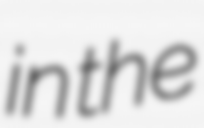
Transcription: in the